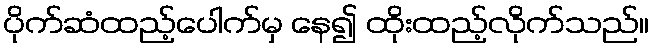
ပိုက်ဆံထည့်ပေါက်မှ နေ၍ ထိုးထည့်လိုက်သည်။